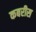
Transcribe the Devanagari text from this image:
कबरीस